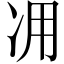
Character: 𠖿